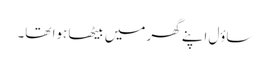
ساؤل اپنے گھر میں بیٹھا ہوا تھا۔